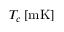
T _ { c } \, [ \mathrm { m K } ]